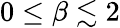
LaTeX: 0\leq\beta\lesssim 2